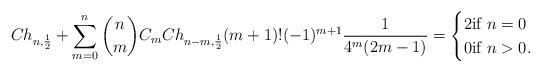
LaTeX: \begin{align*}Ch_{n,\frac{1}{2}} + \sum_{m=0}^n {n \choose m} C_m Ch_{n-m, \frac{1}{2}} (m+1)!(-1)^{m+1}\frac{1}{4^m(2m-1)} = \begin{cases}2 \textnormal{if} \,\,n=0\\0 \textnormal{if} \,\,n >0.\end{cases}\end{align*}